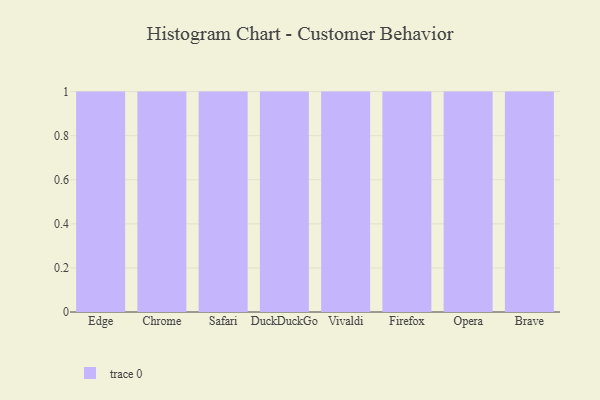
{"axis": {"x": "Browser", "y": "Revenue (USD Million)"}, "legend": [""], "data": [{"x": "Edge", "y": 18, "type": ""}, {"x": "Chrome", "y": 16, "type": ""}, {"x": "Safari", "y": 93, "type": ""}, {"x": "DuckDuckGo", "y": 12, "type": ""}, {"x": "Vivaldi", "y": 49, "type": ""}, {"x": "Firefox", "y": 52, "type": ""}, {"x": "Opera", "y": 50, "type": ""}, {"x": "Brave", "y": 88, "type": ""}]}